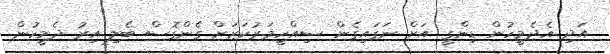
އަދި އެދެމީހުން ޑިންގީ އަށް ނަގައިގެން ސިއްހީމަރުކަޒަށް ގެންގޮސް ބެލި އިރު ދެމީހުން